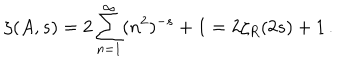
\zeta ( A , s ) = 2 \sum _ { n = 1 } ^ { \infty } ( n ^ { 2 } ) ^ { - s } + 1 = 2 \zeta _ { R } ( 2 s ) + 1 \, .